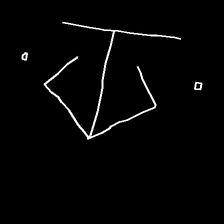
Glyph: earth